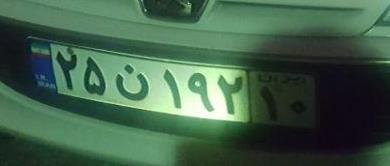
۲۵ن۱۹۲۱۰